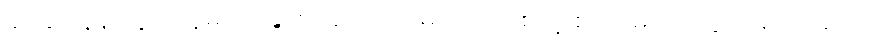
ခင်ဆုံ၊ နန်းတွင်းသူမယ်ခွေ၊ စာဆိုတော် မယ်လုပ် စတဲ့ စာဆိုမယ်တွေ အများအပြား